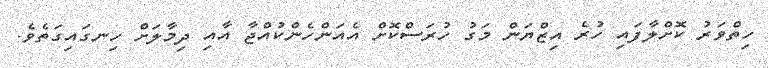
ހިތްވަރު ކޮށްލާފައި ހުރެ އިޒްޔަން މަގު ހުރަސްކޮށް އެއަންހެންކުއްޖާ އާއި ދިމާލަށް ހިނގައިގަތެވެ.